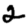
Digit: 2